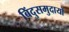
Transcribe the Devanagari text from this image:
बिंदुसमुदायों